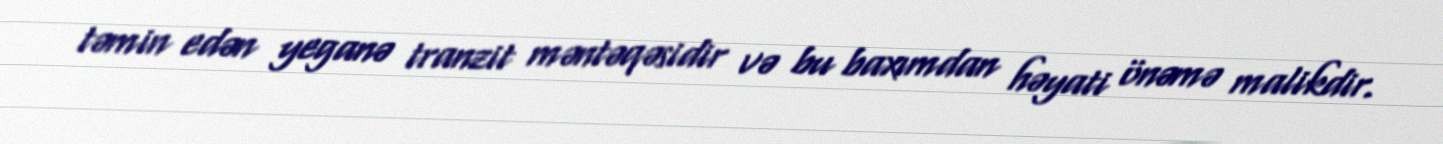
təmin edən yeganə tranzit məntəqəsidir və bu baxımdan həyati önəmə malikdir.